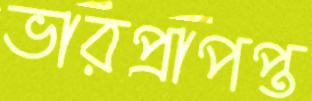
ভারপ্রাপপ্ত